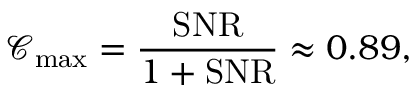
\mathcal { C } _ { \mathrm { m a x } } = \frac { \mathrm { S N R } } { 1 + \mathrm { S N R } } \approx 0 . 8 9 ,